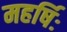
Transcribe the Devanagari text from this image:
महर्षिः